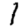
Digit: 1